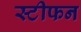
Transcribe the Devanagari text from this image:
स्टीफन